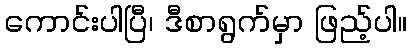
ကောင်းပါပြီ၊ ဒီစာရွက်မှာ ဖြည့်ပါ။